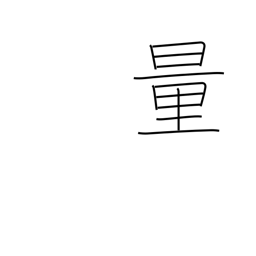
Meaning: surmise